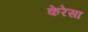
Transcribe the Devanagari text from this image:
केरेसा